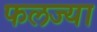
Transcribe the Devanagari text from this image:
फलज्या